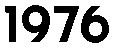
1976